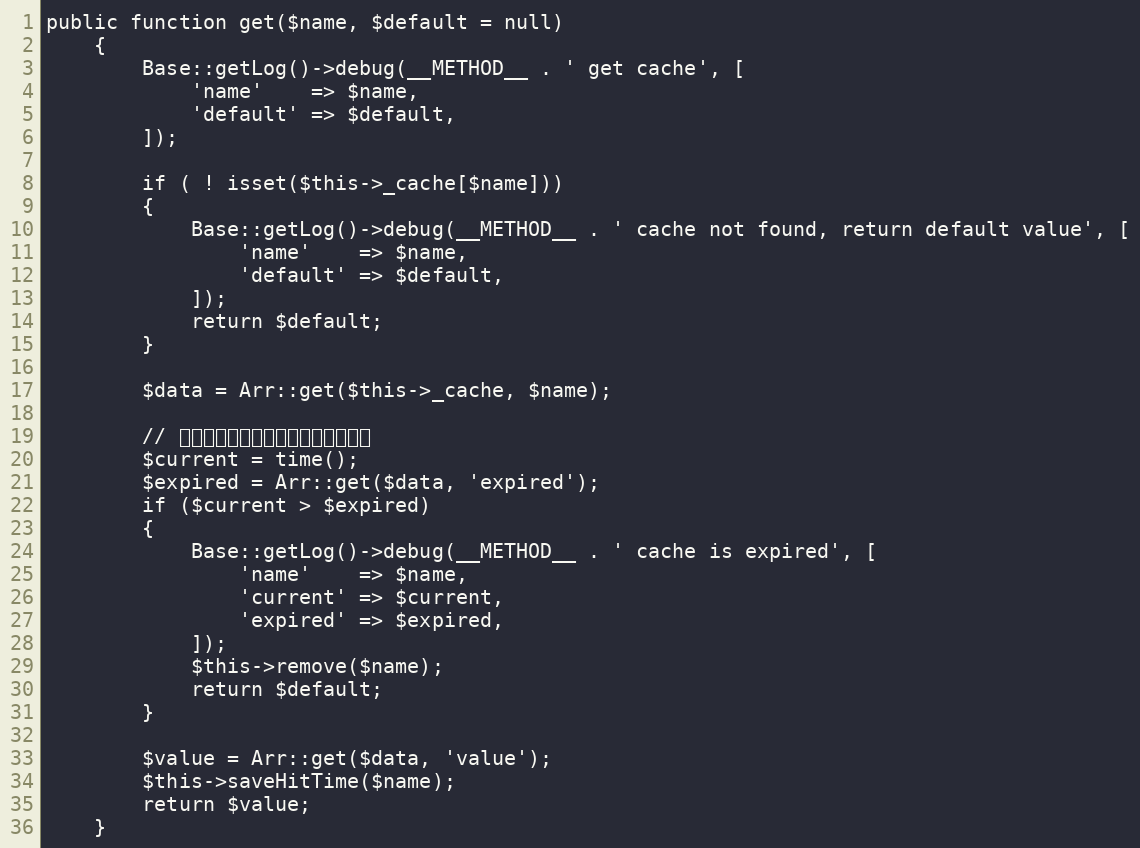
Language: PHP
public function get($name, $default = null)
    {
        Base::getLog()->debug(__METHOD__ . ' get cache', [
            'name'    => $name,
            'default' => $default,
        ]);

        if ( ! isset($this->_cache[$name]))
        {
            Base::getLog()->debug(__METHOD__ . ' cache not found, return default value', [
                'name'    => $name,
                'default' => $default,
            ]);
            return $default;
        }

        $data = Arr::get($this->_cache, $name);

        // 判断过期时间，过期的话，直接删除
        $current = time();
        $expired = Arr::get($data, 'expired');
        if ($current > $expired)
        {
            Base::getLog()->debug(__METHOD__ . ' cache is expired', [
                'name'    => $name,
                'current' => $current,
                'expired' => $expired,
            ]);
            $this->remove($name);
            return $default;
        }

        $value = Arr::get($data, 'value');
        $this->saveHitTime($name);
        return $value;
    }